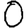
Digit: 0